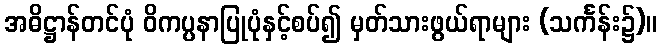
အဓိဋ္ဌာန်တင်ပုံ ဝိကပ္ပနာပြုပုံနှင့်စပ်၍ မှတ်သားဖွယ်ရာများ (သင်္ကန်း၌)။